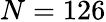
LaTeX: N=126